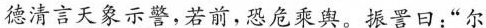
德清言天象示警，若前，恐危乘舆。振晋口：”尔